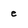
Character: e